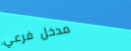
مدخل فرعي